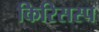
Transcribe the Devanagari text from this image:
किरिसस्प